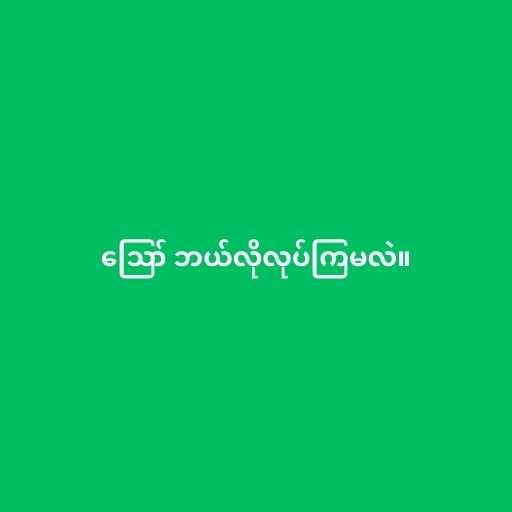
ဪ ဘယ်လိုလုပ်ကြမလဲ။